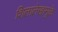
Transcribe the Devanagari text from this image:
शिलालेखामुळे